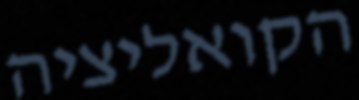
הקואליציה